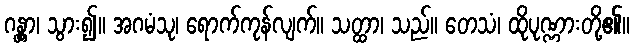
ဂန္တွာ၊ သွား၍။ အဂမံသု၊ ရောက်ကုန်လျက်။ သတ္ထာ၊ သည်။ တေသံ၊ ထိုပုဏ္ဏားတို့၏။